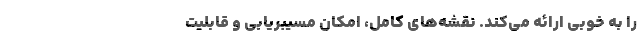
را به خوبی ارائه می‌کند. نقشه‌های کامل، امکان مسیبریابی و قابلیت